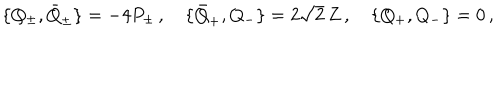
\{ Q _ { \pm } , \bar { Q } _ { \pm } \} = - 4 P _ { \pm } \, , \quad \{ \bar { Q } _ { + } , Q _ { - } \} = 2 \sqrt { 2 } \, Z \, , \quad \{ Q _ { + } , Q _ { - } \} = 0 \, ,